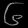
Digit: ၆